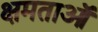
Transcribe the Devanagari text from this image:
क्षमताऑ